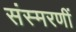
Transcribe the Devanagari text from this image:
संस्मरणीं